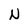
Character: N